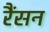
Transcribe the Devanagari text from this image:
रैंसन